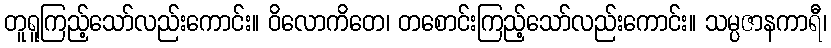
တူရူကြည့်သော်လည်းကောင်း။ ဝိလောကိတေ၊ တစောင်းကြည့်သော်လည်းကောင်း။ သမ္ပဇာနကာရီ၊